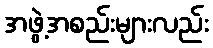
အဖွဲ့အစည်းများလည်း